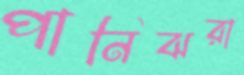
পানিঝরা